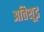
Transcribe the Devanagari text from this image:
अतिशूद्र